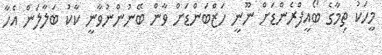
މީހަކު ތިމާގެ ބޯއީފްރެންޑަށް ނޫނީ ހަޒްބަންޑަށް ވާން ބޭނުންނުވާނީ ކާކު ބަލާލަން އެހާ